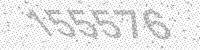
Solution: 155576